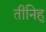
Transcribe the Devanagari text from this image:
तीनिहु